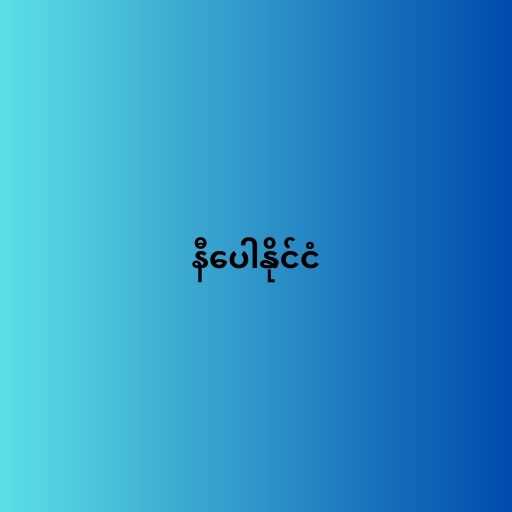
နီပေါနိုင်ငံ